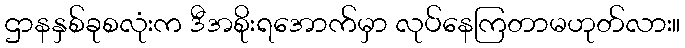
ဌာနနှစ်ခုစလုံးက ဒီအစိုးရအောက်မှာ လုပ်နေကြတာမဟုတ်လား။